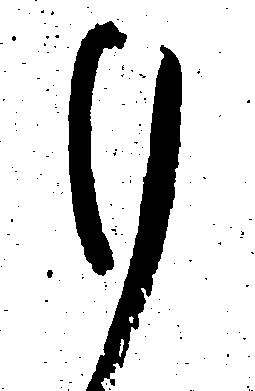
ひ